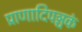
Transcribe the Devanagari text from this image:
प्राणादिपञ्चकं